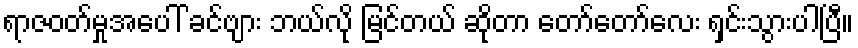
ရာဇဝတ်မှုအပေါ် ခင်ဗျား ဘယ်လို မြင်တယ် ဆိုတာ တော်တော်လေး ရှင်းသွားပါပြီ။